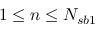
1 \leq n \leq N _ { s b 1 }